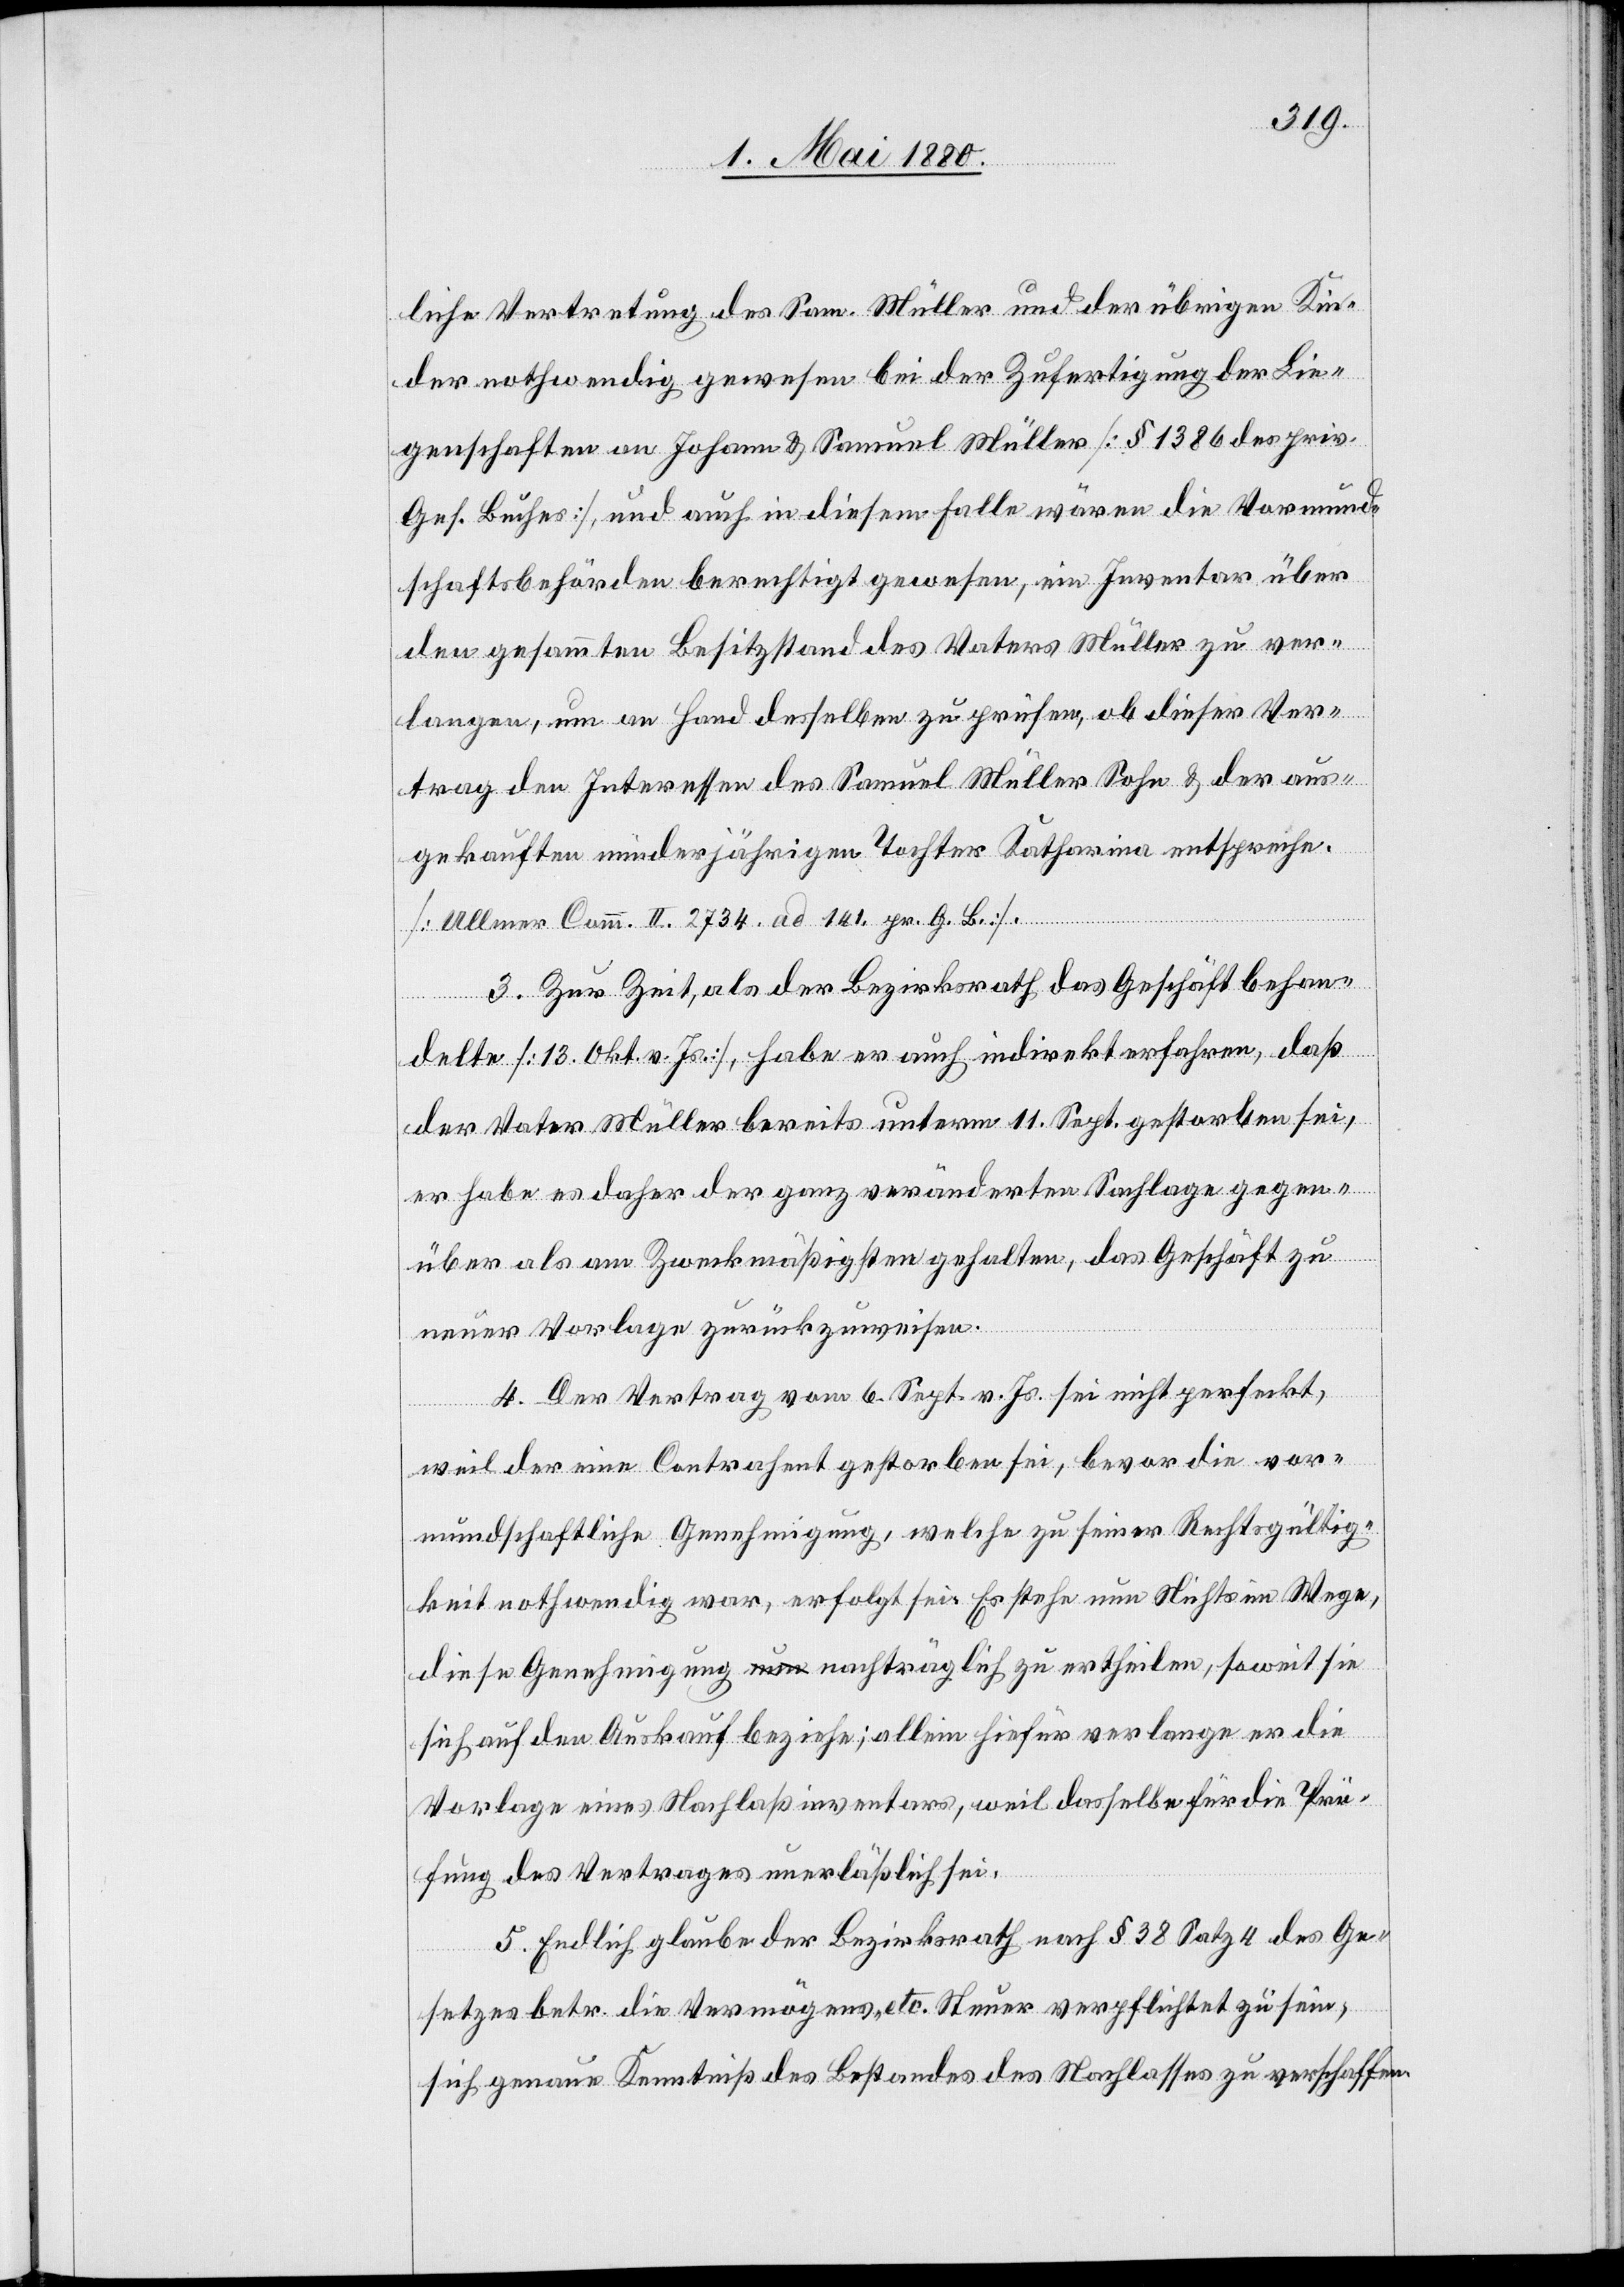
liche Vertretung des Sam. Müller und der übrigen Kin¬
der nothwendig gewesen bei der Zufertigung der Lie¬
genschaften an Johann & Samuel Müller [§ 1386 des priv.
Ges. Buches], und auch in diesem Falle wären die Vormund¬
schaftsbehörden berechtigt gewesen, ein Inventar über
den gesammten Besitzstand des Vaters Müller zu ver¬
langen, um an Hand desselben zu prüfen, ob dieser Ver¬
trag den Interessen des Samuel Müller Sohn & der aus¬
gekauften minderjährigen Tochter Katharina entspreche
[Ullmer Comm. II 2734. ad 141. pr. G. B.].
3. Zur Zeit, als der Bezirksrath das Geschäft behan¬
delte [13. Okt v. Js.], habe er auch indirekt erfahren, daß
der Vater Müller bereits unterm 11. Sept. gestorben sei,
er habe es daher der ganz veränderten Sachlage gegen¬
über als am Zweckmäßigsten gehalten, das Geschäft zu
neuer Vorlage zurückzuweisen.
4. Der Vertrag vom 6. Sept. v. Js. sei nicht perfekt,
weil der eine Contrahent gestorben sei, bevor die vor¬
mundschaftliche Genehmigung, welche zu seiner Rechtsgültig¬
keit nothwendig war, erfolgt sei. Es stehe nun Nichts im Wege,
diese Genehmigung nachträglich zu ertheilen, soweit sie
sich auf den Auskauf beziehe; allein hiefür verlange er die
Vorlage eines Nachlaßinventars, weil dasselbe für die Prü¬
fung des Vertrages unerläßlich sei.
5. Endlich glaube der Bezirksrath nach § 38 Satz 4 des Ge¬
setzes betr. die Vermögens- etc. Steuer verpflichtet zu sein,
sich genaue Kenntniß des Bestandes des Nachlasses zu verschaffen;